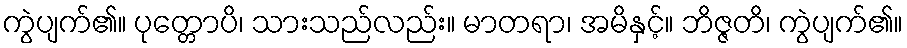
ကွဲပျက်၏။ ပုတ္တောပိ၊ သားသည်လည်း။ မာတရာ၊ အမိနှင့်။ ဘိဇ္ဇတိ၊ ကွဲပျက်၏။